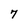
Character: 7